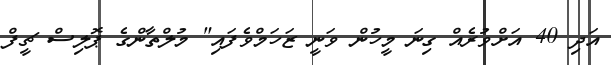
އަދި 40 އަށްވުރެއް ގިނަ މީހުން ވަނީ ޒަހަމްވެފައި" މުލްތާންގެ ޕޮލިސް ޗީފް